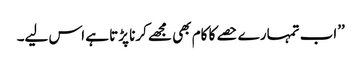
’’اب تمہارے حصے کا کام بھی مجھے کرنا پڑتا ہے اس لیے۔